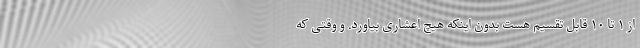
از ۱ تا ۱۰ قابل تقسیم هست بدون اینکه هیچ اعشاری بیاورد. و وقتی که